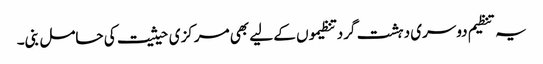
یہ تنظیم دوسری دہشت گرد تنظیموں کے لیے بھی مرکزی حیثیت کی حامل بنی۔